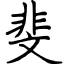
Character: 斐